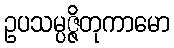
ဥပသမ္ပဇ္ဇိတုကာမော